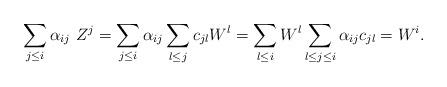
LaTeX: \begin{align*}\sum_{j\leq i}\alpha_{ij}\ Z^{j}=\sum_{j\leq i}\alpha_{ij}\sum_{l\leq j}c_{jl} W^{l}=\sum_{l\leq i}W^{l}\sum_{l\leq j\leq i}\alpha_{ij}c_{jl}=W^{i}.\end{align*}